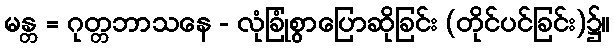
မန္တ = ဂုတ္တဘာသနေ - လုံခြုံစွာပြောဆိုခြင်း (တိုင်ပင်ခြင်း)၌။